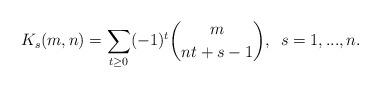
LaTeX: \begin{align*}K_s(m,n)=\sum_{t\geq0}(-1)^t\binom {m}{nt+s-1} , \enskip s=1,...,n.\end{align*}